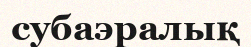
субаэралық